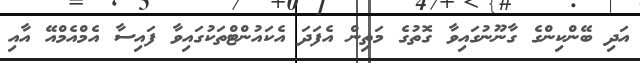
އަދި ބޭންކިންގެ ގާނޫނުގައިވާ ގޮތުގެ މަތިން އެފަދަ އެކައުންޓްތަކުގައިވާ ފައިސާ އެމްއެމްއޭ އާއި